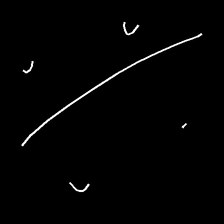
Glyph: cool